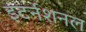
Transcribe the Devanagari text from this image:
इंटर्नशनल